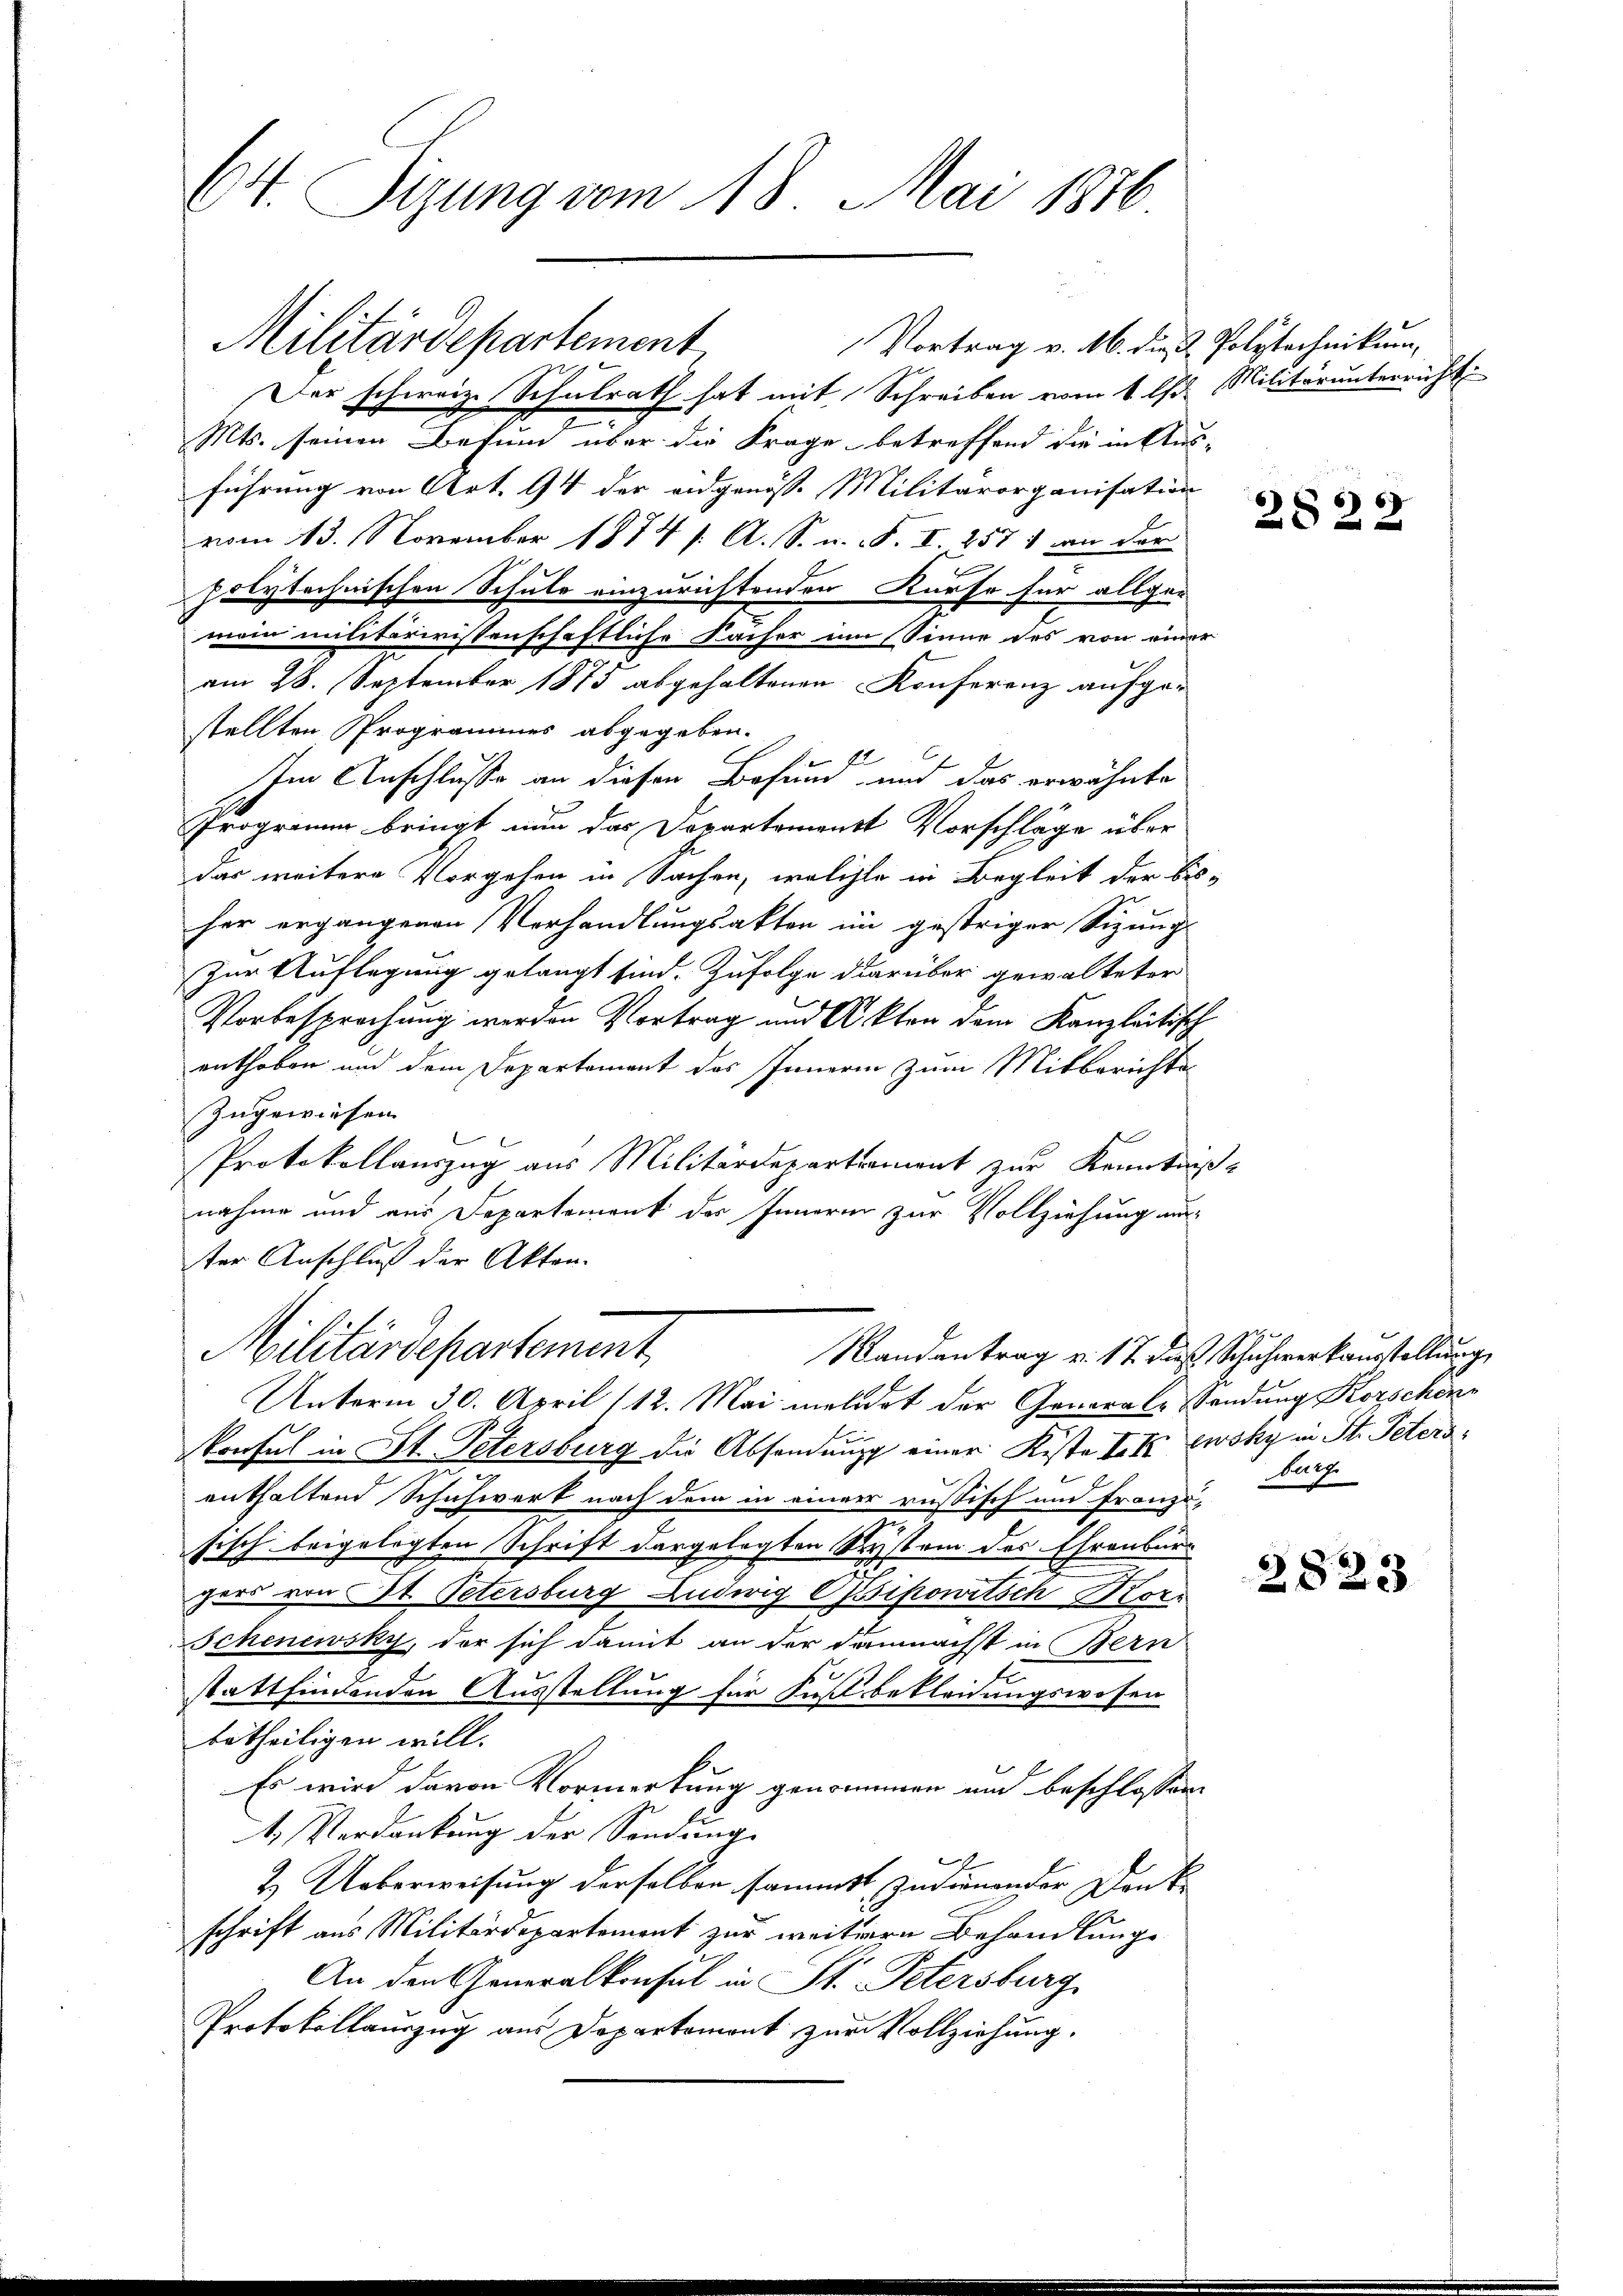
C4. Tizung vom 18. Mai 1876

Militärdepartement,
Vortrag v. M. die Polytechnikum,
Der schweiz. Schulrath hat mit Schreiben vom 1 l Militär unterricht
Mts. seinen Befund über die Frage betreffend die in Aus-
führung von Art. 94 der eidgenosse Militärorganisation
vom 13. November 1874 s. A. S. u. S. I. 257 1 an der
polytechnischen Schule einzurichtenden Kurse für allge-
mein militärrissenschaftliche Fächer im Sinne des von einer
am 28. September 1875 abgehaltenen Konferenz aufge-
stellten Programmes abgegeben.
Im Anschlusse an diesen Besund, und das erwähnte
Progrinum bringt nun das Departement Vorschläge über
das weitere Vorgehen in Sachen, welche in Begleit der bis-
her ergangenen Verhandlungsakten im gestriger Sizung
Zur Auflegung gelangt sind. Zufolge darüber gewalteter
Vorbesprechung werden Vortrag und Akten dem Kanzleitisch
enthoben und dem Departement des Innern zum Mitberichtes
zugewiesen.
Protokollauszug aus Militärdepartement zur Kenntnis-
nahme und aus Departement des Inneren zur Vollziehung aus-
ter Anschluß der Akten.
Militärdepartement
Randantrag v. 17 das Schuhwerkausstellung
Unterm 30. April (12. Mai meldet der Generale Wendung Korschöne
konsul in St. Petersburg die Absendung einer Kiste II wsky in St. Petersenthaltend Schuhwerk nach dem in einer russisch und Französisch beigelegten Schrift dargelegten System des Ehrenburzers von St. Petersburg Ludwig CGipowitsch Kor¬
Schenewsky, der sich damit an der demnächst in Bern
stattfindenden Ausstellung für Fussbekleidungswesen
betheiligen will.
Es wird davon Vormerkung genommen und beschlossene
4. Verdankung der Sendung
2. Ueberweisung derselben sammst, zudienender Denke
schrift aus Militärdepartement zur weitern Behandlung
An den Generalkonsul in St. Petersburg
Protokollauszug aus Departement zur Vollziehung.

2822

Barz

2823